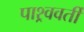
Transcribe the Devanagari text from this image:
पाश्र्ववर्ती